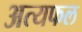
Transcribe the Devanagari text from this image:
अत्यफल